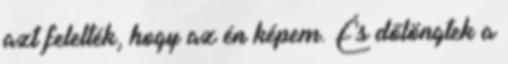
azt felelték, hogy az én képem. És dőlöngtek a